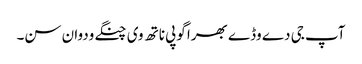
آپ جی دے وڈے بھرا گوپی ناتھ وی چنگے ودوان سن۔